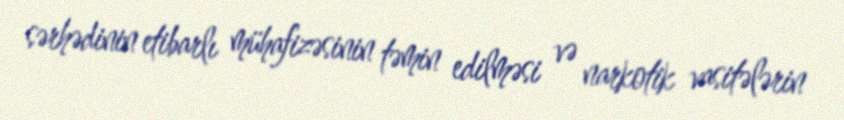
sərhədinin etibarlı mühafizəsinin təmin edilməsi və narkotik vasitələrin